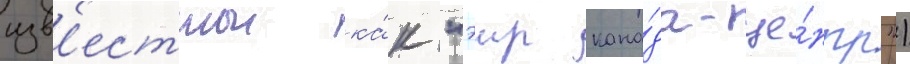
изв'естнои ка́к "эир кана́да-це́нтр")